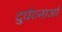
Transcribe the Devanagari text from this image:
दुर्धटनाओं